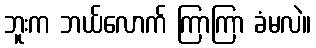
ဘူးက ဘယ်လောက် ကြာကြာ ခံမလဲ။